Trukikaitis_Postimees, lk 55
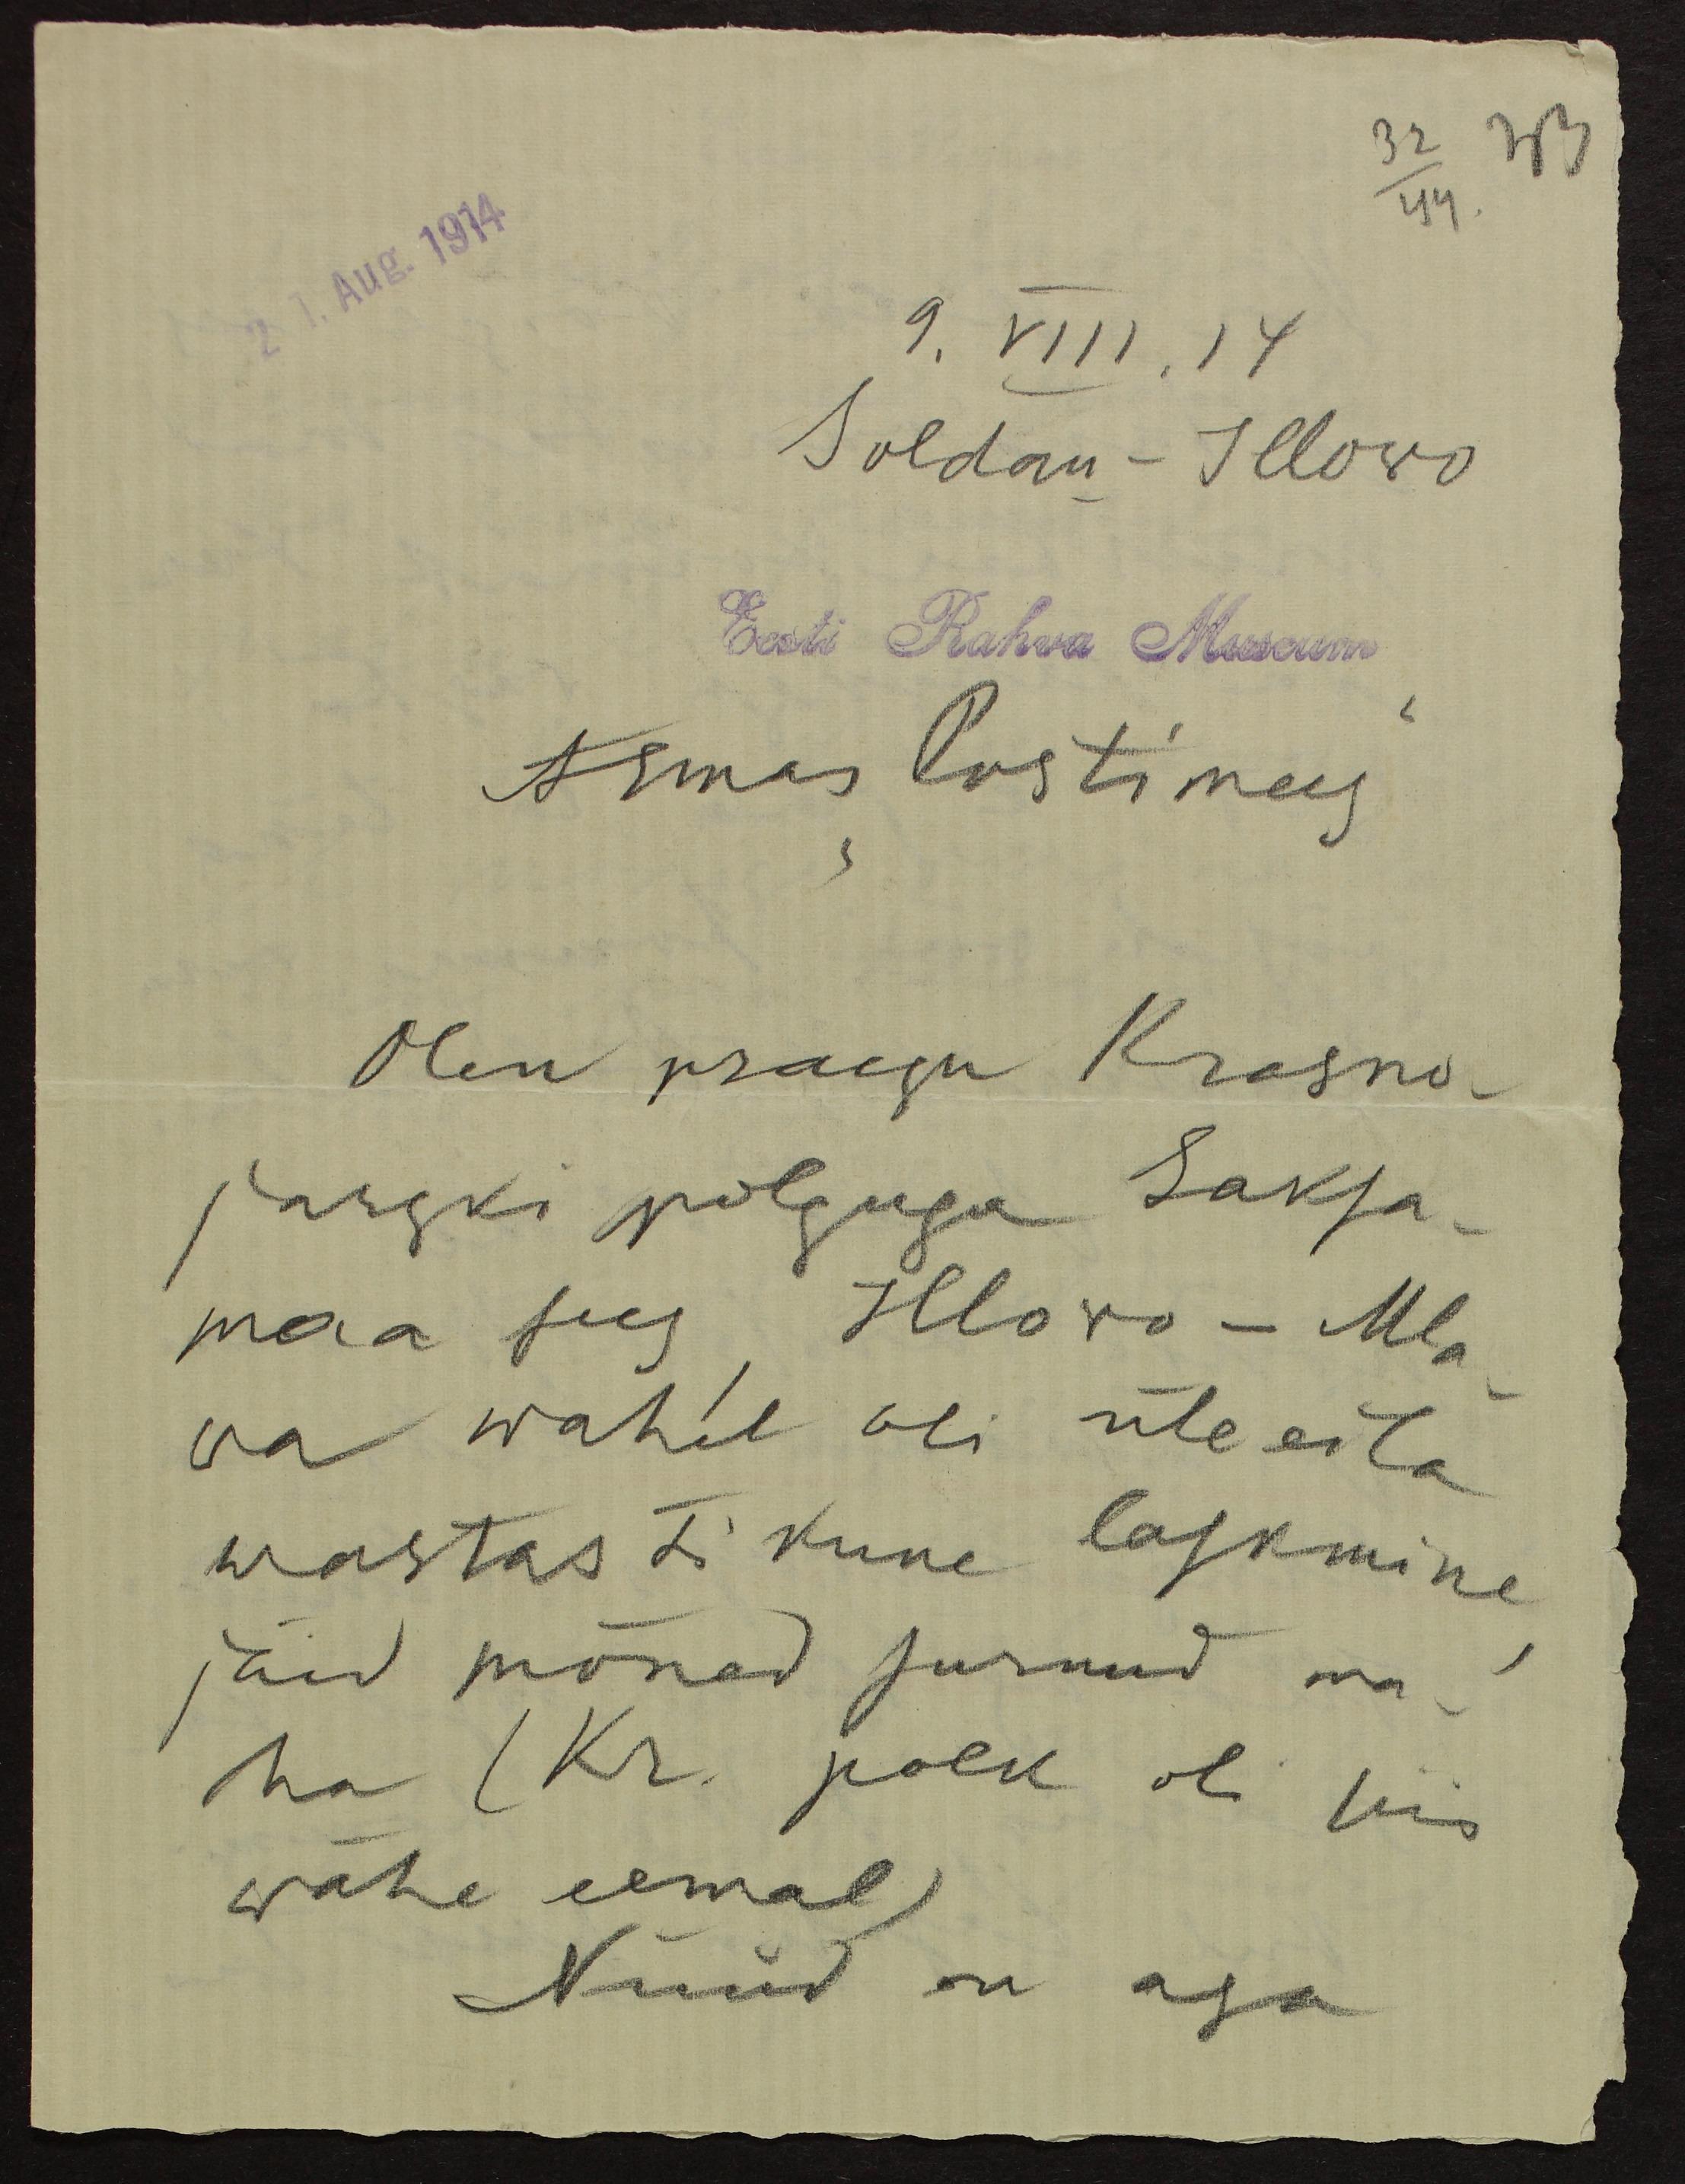
32 33
44.
21. Aug. 1914
9.VIII.14
Soldau - Illowo
Eesti Rahva Museum
Armas "Postimees"
Olen praegu Krasno-
jarski polguga Saksa-
maa sees, Illowo-Mla-
wa wahel oli üle eila
wastastikune laskmine,
jäid mõned surnud ma-
ha (Kr. polk oli siis
wähe eemal)
Nüüd on aga